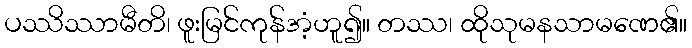
ပဿိဿာမီတိ၊ ဖူးမြင်ကုန်အံ့ဟူ၍။ တဿ၊ ထိုသုမနသာမဏေ၏။